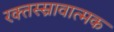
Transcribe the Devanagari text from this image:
रक्तस्स्रावात्मक